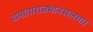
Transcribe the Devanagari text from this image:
यमाताराजभानसलगा।